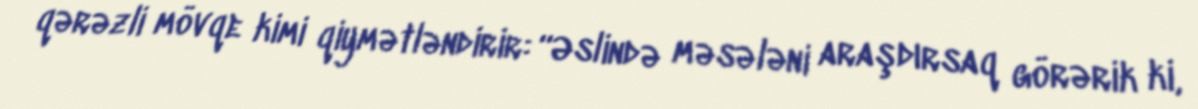
qərəzli mövqe kimi qiymətləndirir: “Əslində məsələni araşdırsaq görərik ki,